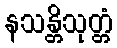
နသန္တိသုတ္တံ